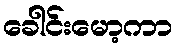
ခေါင်းမော့ကာ